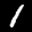
Label: 1